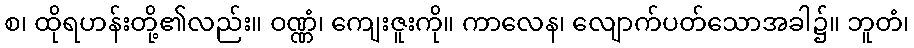
စ၊ ထိုရဟန်းတို့၏လည်း။ ဝဏ္ဏံ၊ ကျေးဇူးကို။ ကာလေန၊ လျောက်ပတ်သောအခါ၌။ ဘူတံ၊